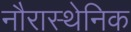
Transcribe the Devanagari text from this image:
नौरास्थेनिक